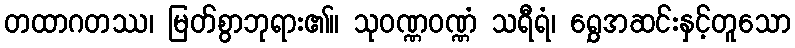
တထာဂတဿ၊ မြတ်စွာဘုရား၏။ သုဝဏ္ဏဝဏ္ဏံ သရီရံ၊ ရွှေအဆင်းနှင့်တူသော